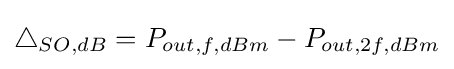
\bigtriangleup _{SO,dB}=P_{out,f,dBm}-P_{out,2f,dBm}